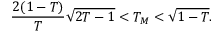
\frac { 2 ( 1 - T ) } { T } \sqrt { 2 T - 1 } < T _ { M } < \sqrt { 1 - T } .